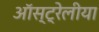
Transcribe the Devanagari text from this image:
ऑस्ट्रेलीया